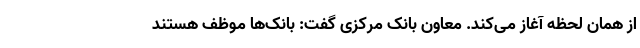
از همان لحظه آغاز می‌کند. معاون بانک مرکزی گفت: بانک‌ها موظف هستند